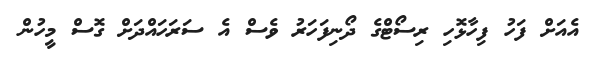
އެއަށް ފަހު ފިހާޅޮހި ރިސޯޓްގެ ދޯނިފަހަރު ވެސް އެ ސަރަހައްދަށް ގޮސް މީހުން